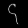
Digit: ၄